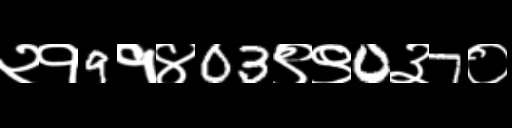
Text: २१9१४03९९0३7०